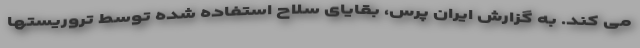
می کند. به گزارش ایران پرس، بقایای سلاح استفاده شده توسط تروریستها